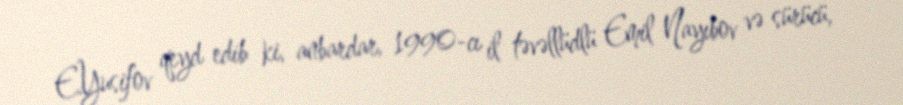
E.Yusifov qeyd edib ki, anbardar, 1990-cı il təvəllüdlü Emil Nayıbov və sürücü,